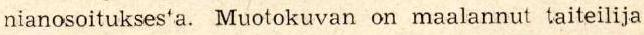
nianosoitukses'a. Muotokuvan on maalannut taiteilija